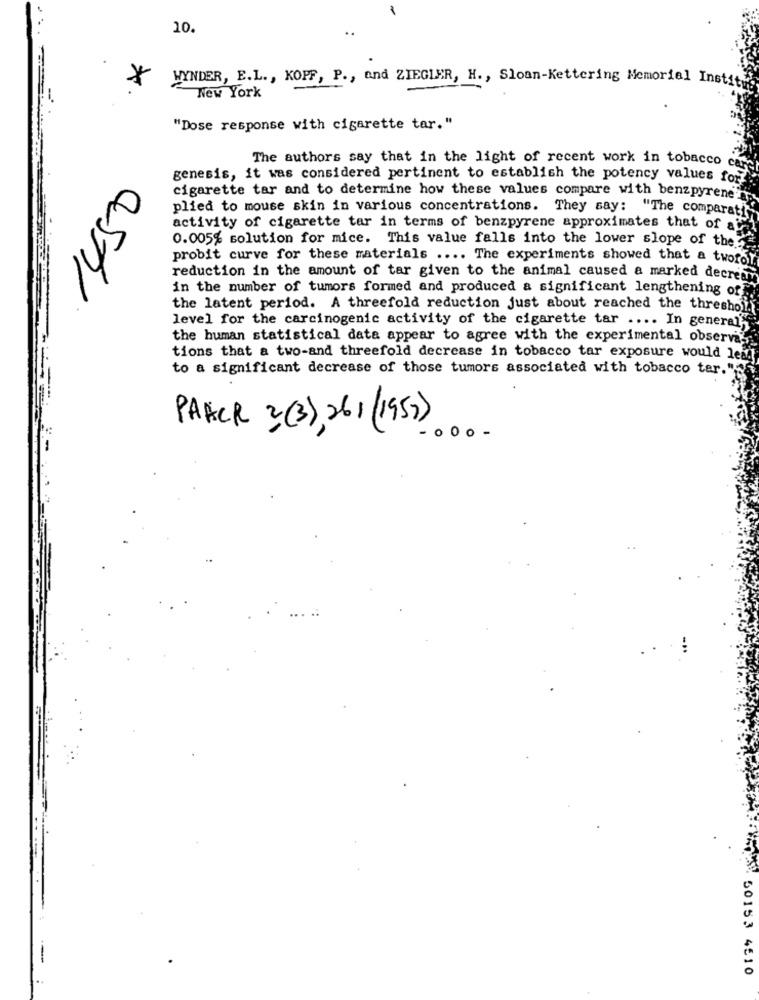
10.
*
WYNDER, E.L ., KOPF, P ., and ZIEGLER, H ., Sloan-Kettering Memorial Instit
New York
"Dose response with cigarette tar."
The authors say that in the light of recent work in tobacco ca
genesis, it was considered pertinent to establish the potency values for
cigarette tar and to determine how these values compare with benzpyrene
plied to mouse skin in various concentrations. They say: "The comparat
activity of cigarette tar in terms of benzpyrene approximates that of a
0.005% solution for mice. This value falls into the lower slope of the
probit curve for these materials .... The experiments showed that a tworo
reduction in the amount of tar given to the animal caused a marked decrear
in the number of tumors formed and produced a significant lengthening of
the latent period. A threefold reduction just about reached the thresho
level for the carcinogenic activity of the cigarette tar .... In general'
the human statistical data appear to agree with the experimental observar
tions that a two-and threefold decrease in tobacco tar exposure would lead
to a significant decrease of those tumors associated with tobacco ter."
PANCR 3 (3), 261 (1957)
000 -
DE 50153 4510